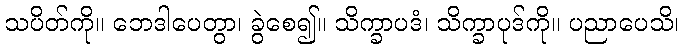
သပိတ်ကို။ ဘေဒါပေတွာ၊ ခွဲစေ၍။ သိက္ခာပဒံ၊ သိက္ခာပုဒ်ကို။ ပညာပေသိ၊